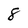
Character: 8